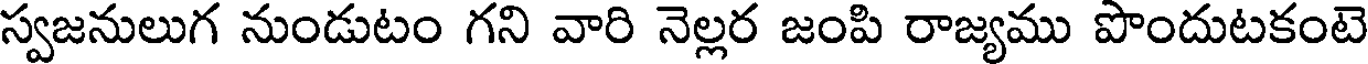
స్వజనులుగ నుండుటం గని వారి నెల్లర జంపి రాజ్యము పొందుటకంటె